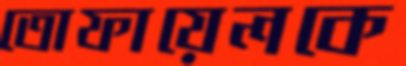
তোফায়েলকে